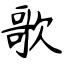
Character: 歌